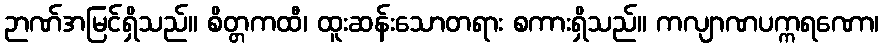
ဉာဏ်အမြင်ရှိသည်။ စိတ္တကထီ၊ ထူးဆန်းသောတရား စကားရှိသည်။ ကလျာဏပက္ကရဏော၊